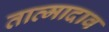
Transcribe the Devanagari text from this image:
तात्मादाव